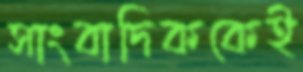
সাংবাদিককেই